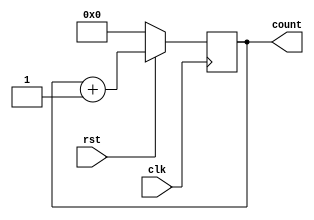
/*** 8-Bit Behavioral UP-Counter ***/
module counter_up (count, clk, rst);
    input clk, rst;
    output [7:0]count;
    reg [7:0]count_temp;

    always@(posedge clk)
        if(!rst)
            count_temp <= 8'd0;
        else
            count_temp = count_temp + 1;
    
    assign count = count_temp;
endmodule